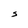
Character: S